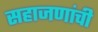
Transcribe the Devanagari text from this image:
सहाजणांची